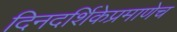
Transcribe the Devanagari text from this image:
दिनदर्शिकेप्रमाणेच